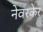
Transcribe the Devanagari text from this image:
नेवरकेर